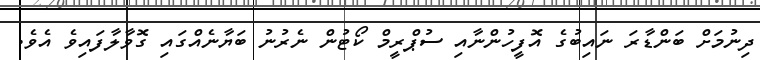
ދިނުމަށް ބަންޑާރަ ނައިބުގެ އޮފީހުންނާއި ސުޕްރީމް ކޯޓުން ނެރުނު ބަޔާނެއްގައި ގޮވާލާފައިވެ އެވެ.